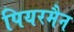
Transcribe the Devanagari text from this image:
पियरमैन